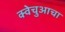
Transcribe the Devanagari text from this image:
क्वेचुआचा